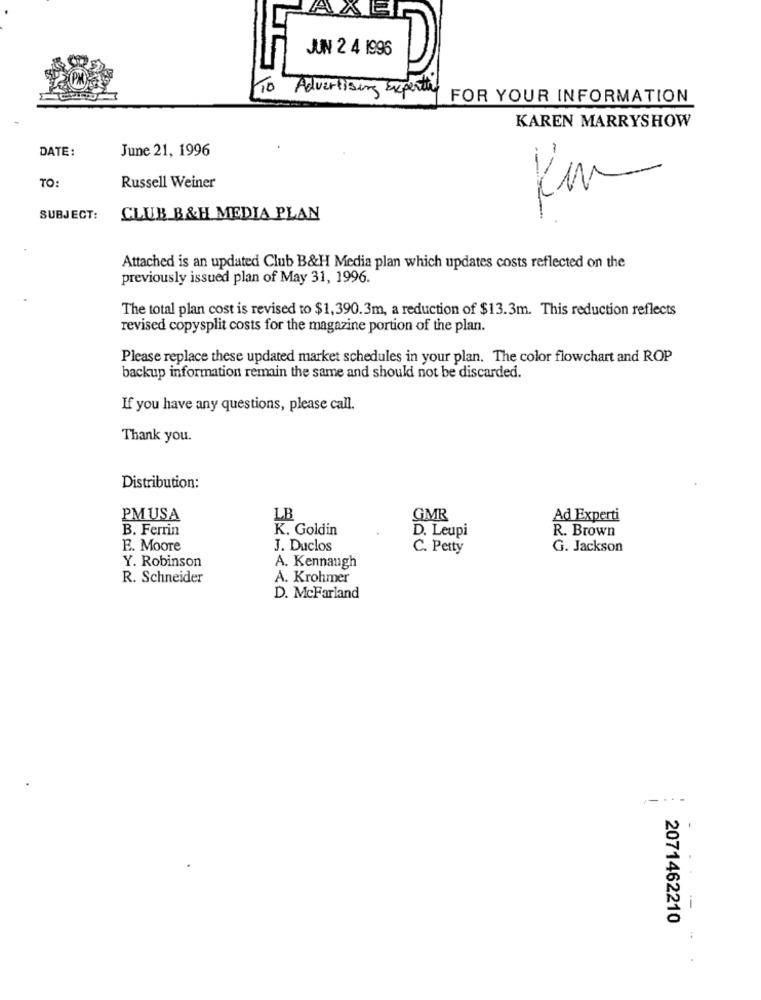
JUN 2 4 1996
10
Advertising Experte
FOR YOUR INFORMATION
KAREN MARRYSHOW
DATE:
June 21, 1996
TO:
Russell Weiner
Kim
SUBJECT:
CLUB B&H MEDIA PLAN
Attached is an updated Club B&H Media plan which updates costs reflected on the
previously issued plan of May 31, 1996.
The total plan cost is revised to $1,390.3m, a reduction of $13.3m. This reduction reflects
revised copysplit costs for the magazine portion of the plan.
Please replace these updated market schedules in your plan. The color flowchart and ROP
backup information remain the same and should not be discarded.
If you have any questions, please call.
Thank you.
Distribution:
PMUSA
LB
GMR
Ad Experti
B. Ferrin
K. Goldin
D. Leupi
R. Brown
E. Moore
J. Duclos
C. Petty
G. Jackson
Y. Robinson
A. Kennaugh
R. Schneider
A. Krohmer
D. McFarland
2071462210